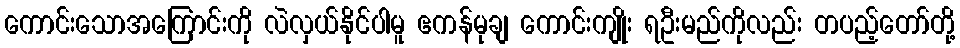
ကောင်းသောအကြောင်းကို လဲလှယ်နိုင်ပါမူ ဧကန်မုချ ကောင်းကျိုး ရဦးမည်ကိုလည်း တပည့်တော်တို့